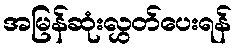
အမြန်ဆုံးလွှတ်ပေးရန်